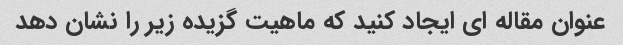
عنوان مقاله ای ایجاد کنید که ماهیت گزیده زیر را نشان دهد